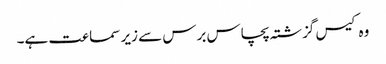
وہ کیس گزشتہ پچاس برس سے زیر سماعت ہے۔